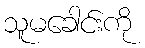
သူမခေါင်းကို